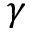
\gamma